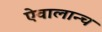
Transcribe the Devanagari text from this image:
ऐवालान्च